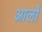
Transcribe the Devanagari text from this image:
आर्लो